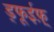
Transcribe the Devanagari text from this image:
ड्फूईफ़़्